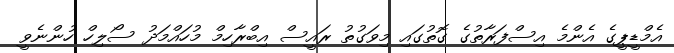
އެމްޑީޕީގެ އެންމެ އިސްފަރާތުގެ ގޮތުގައި މިވަގުތު ރައީސް އިބްރާހިމް މުހައްމަދު ސޯލިހް ހުންނެވީ